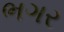
ભગર